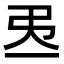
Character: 𢎮